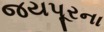
જયપૂરના